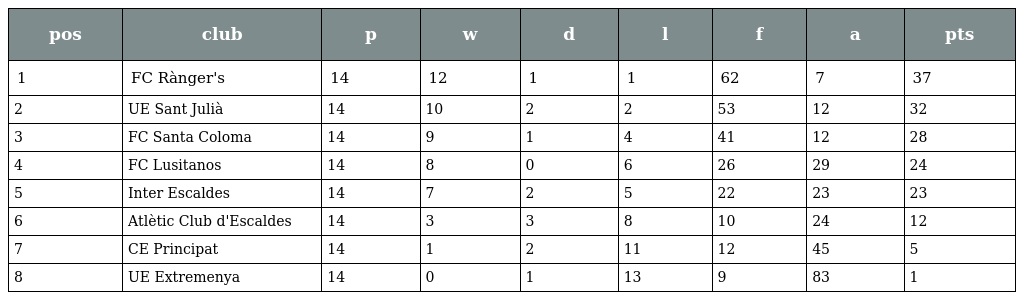
| pos | club | p | w | d | l | f | a | pts |
 | --- | --- | --- | --- | --- | --- | --- | --- | --- |
 | 1 | FC Rànger's | 14 | 12 | 1 | 1 | 62 | 7 | 37 |
 | 2 | UE Sant Julià | 14 | 10 | 2 | 2 | 53 | 12 | 32 |
 | 3 | FC Santa Coloma | 14 | 9 | 1 | 4 | 41 | 12 | 28 |
 | 4 | FC Lusitanos | 14 | 8 | 0 | 6 | 26 | 29 | 24 |
 | 5 | Inter Escaldes | 14 | 7 | 2 | 5 | 22 | 23 | 23 |
 | 6 | Atlètic Club d'Escaldes | 14 | 3 | 3 | 8 | 10 | 24 | 12 |
 | 7 | CE Principat | 14 | 1 | 2 | 11 | 12 | 45 | 5 |
 | 8 | UE Extremenya | 14 | 0 | 1 | 13 | 9 | 83 | 1 |